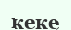
кеке